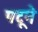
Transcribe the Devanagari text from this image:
पटूने